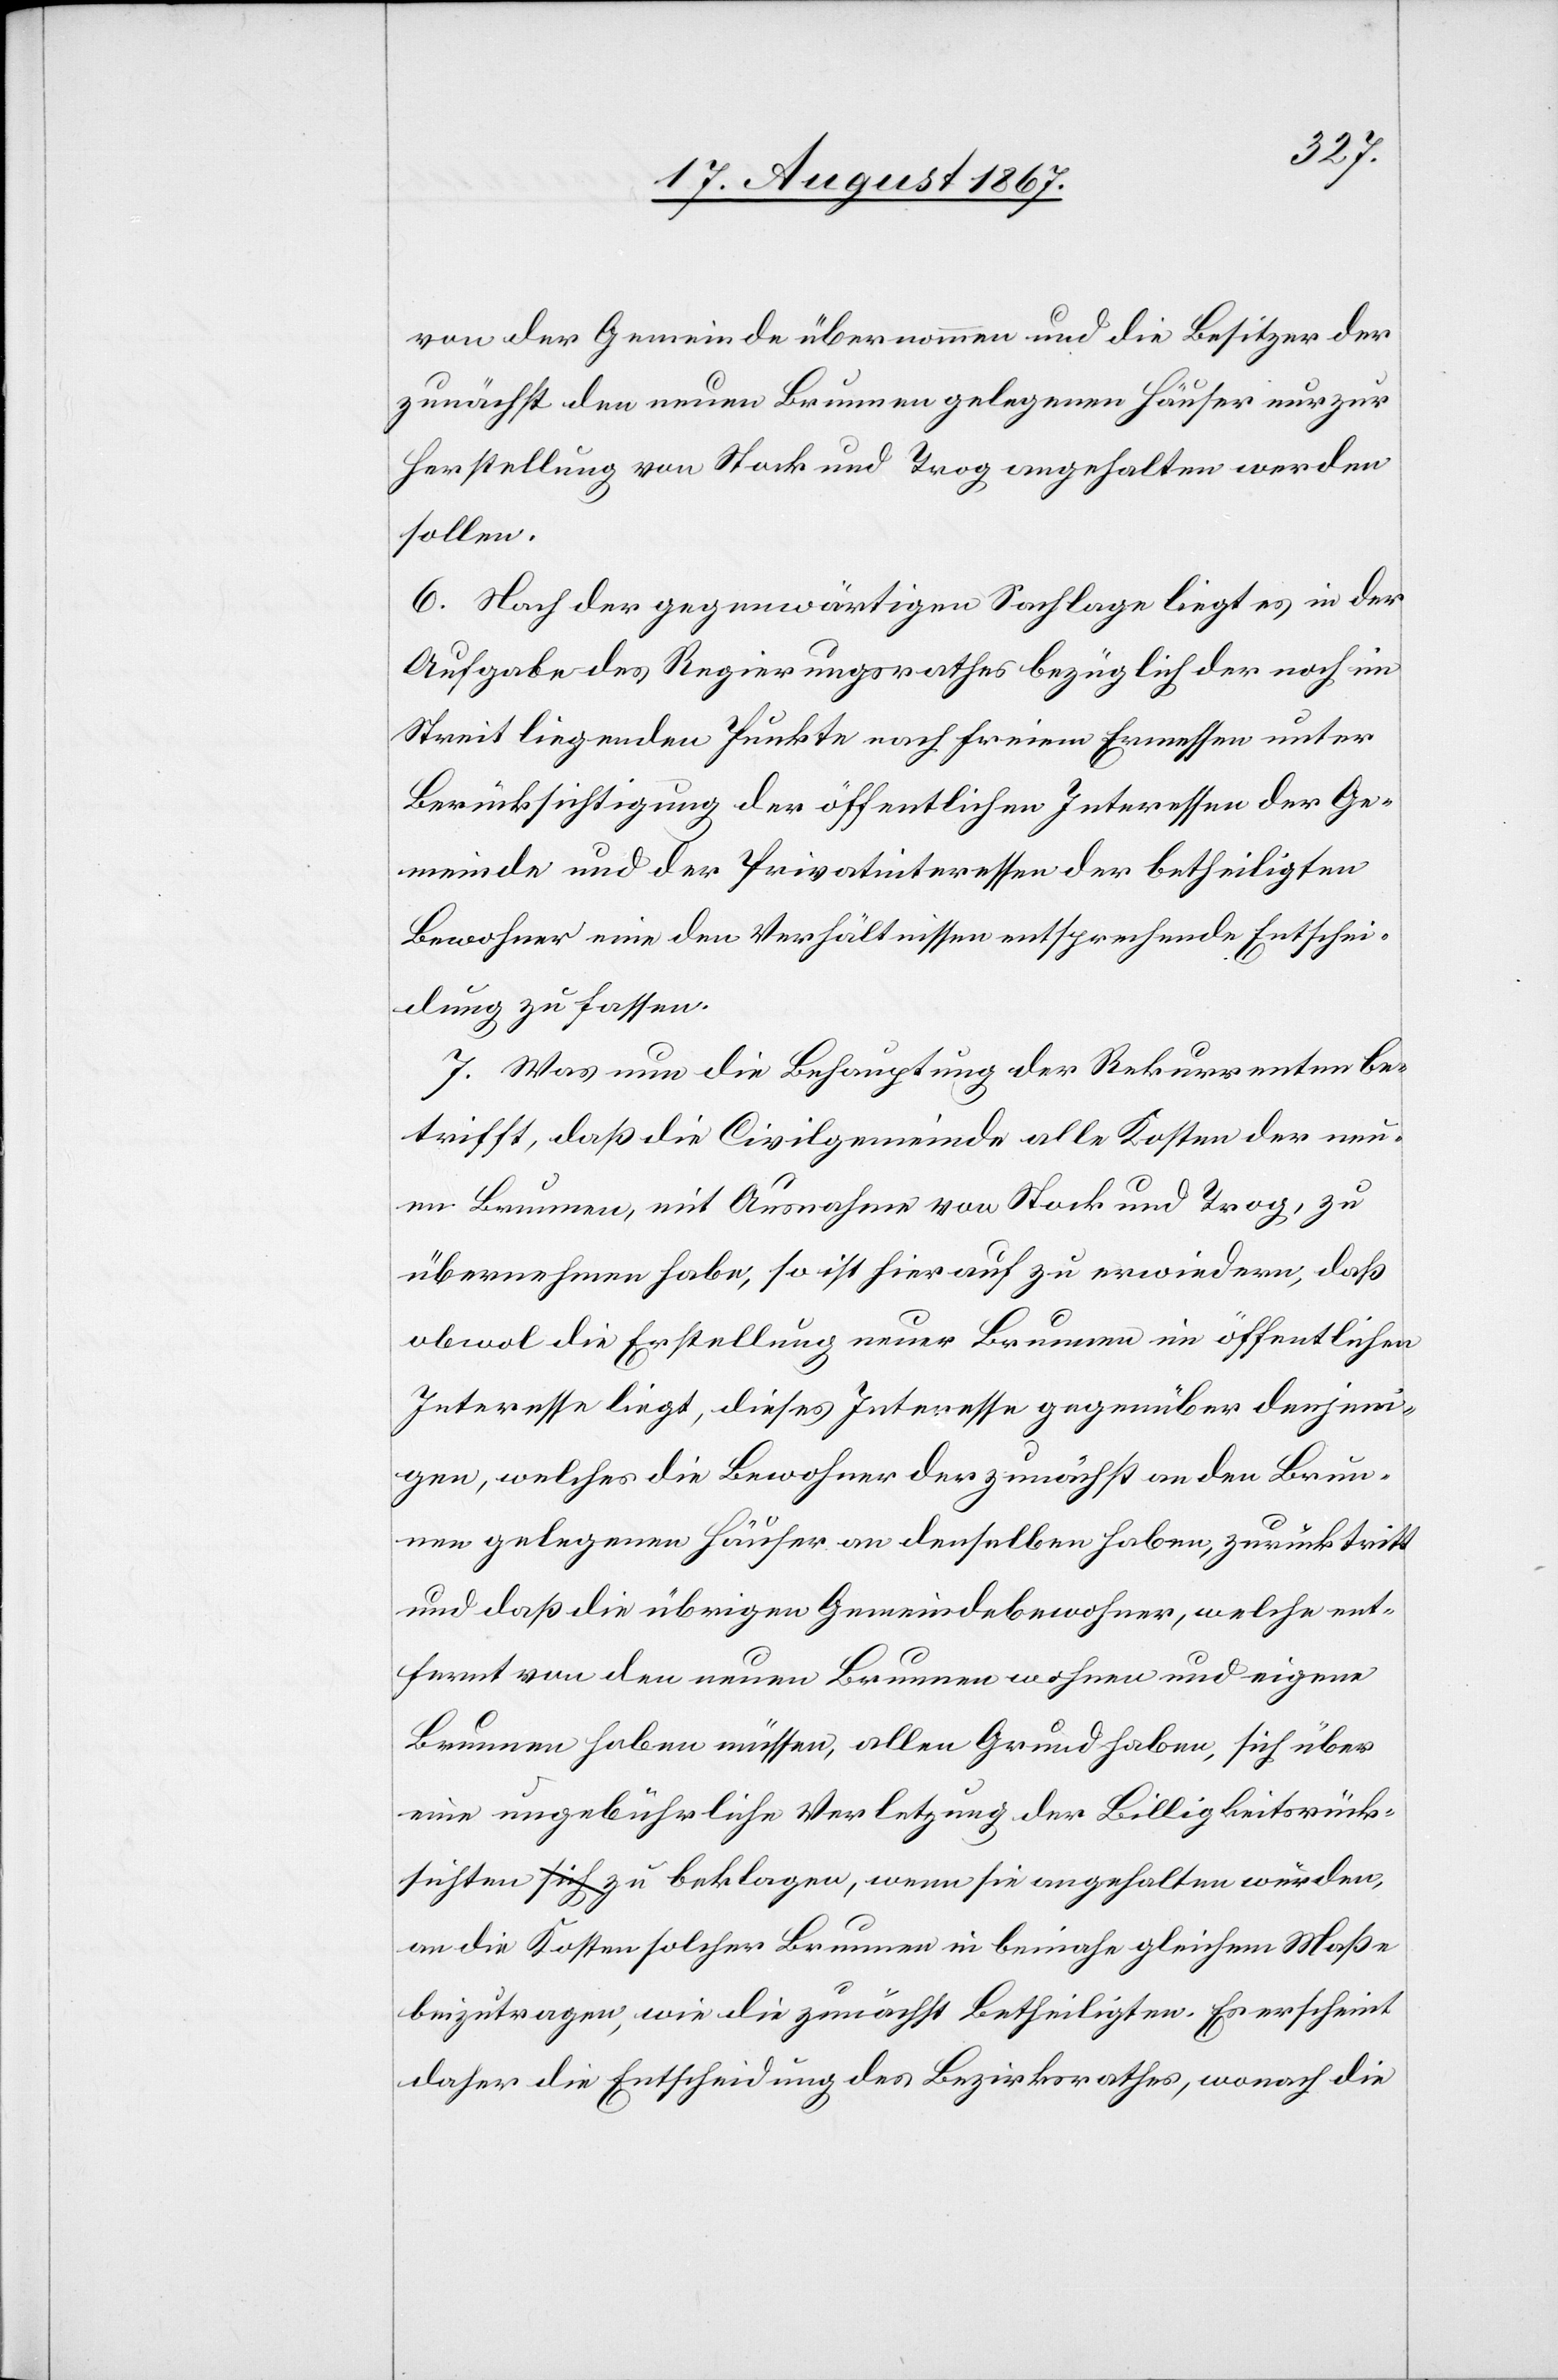
von der Gemeinde übernommen und die Besitzer der
zunächst den neuen Brunnen gelegenen Häuser nur zur
Herstellung von Stock und Trog angehalten werden
sollen.
6. Nach der gegenwärtigen Sachlage liegt es in der
Aufgabe des Regierungsrathes bezüglich der noch im
Streit liegenden Punkte nach freiem Ermessen unter
Berücksichtigung der öffentlichen Interessen der Ge¬
meinde und der Privatinteressen der betheiligten
Bewohner eine den Verhältnissen entsprechende Entschei¬
dung zu fassen.
7. Was nun die Behauptung der Rekurrenten be¬
trifft, daß die Civilgemeinde alle Kosten der neu¬
en Brunnen, mit Ausnahme von Stock und Trog, zu
übernehmen habe, so ist hierauf zu erwiedern, daß
obwol die Erstellung neuer Brunnen im öffentlichen
Interesse liegt, dieses Interesse gegenüber demjeni¬
gen, welches die Bewohner der zunächst an den Brun¬
nen gelegenen Häuser an denselben haben, zurücktritt
und daß die übrigen Gemeindebewohner, welche ent¬
fernt von den neuen Brunnen wohnen und eigene
Brunne haben müssen, allen Grund haben, sich über
eine ungebührliche Verletzung der Billigkeitsrück¬
sichten zu beklagen, wenn sie angehalten würden,
an die Kosten solcher Brunnen in beinahe gleichem Maße
beizutragen, wie die zunächst Betheiligten. Es erscheint
daher die Entscheidung des Bezirksrathes, wonach die